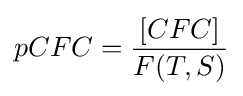
pCFC={\frac {[CFC]}{F(T,S)}}